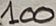
Text: 100